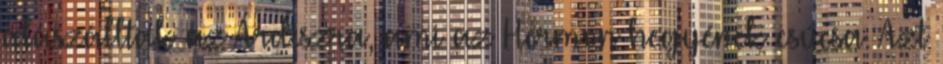
alászálltak az Árdiszra, ami az Hermon hegyének csúcsa. Azt